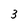
Character: 3